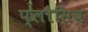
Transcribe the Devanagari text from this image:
प्लोसिव